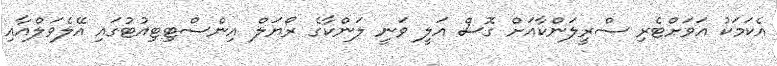
އެކަމަކު އަވަށްޓެރި ސްރީލަންކާއަށް ގޮސް އަލީ ވަނީ ލަންކާގެ ރޯޔަލް އިންސްޓިޓިއުޓުގައި އޭލެވަލްއާއި